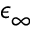
\epsilon _ { \infty }